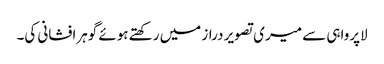
لاپرواہی سے میری تصویر دراز میں رکھتے ہوئے گوہرافشانی کی۔